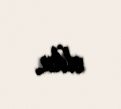
oldu.